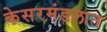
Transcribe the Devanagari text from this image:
केसरमंडलात